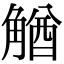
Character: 𧤕